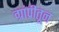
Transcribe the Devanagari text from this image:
ग्रांप्रीतून